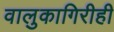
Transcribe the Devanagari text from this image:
वालुकागिरीही